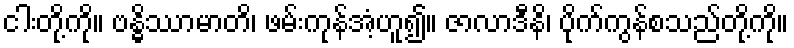
ငါးတို့ကို။ ဗန္ဓိဿာမာတိ၊ ဖမ်းကုန်အံ့ဟူ၍။ ဇာလာဒီနိ၊ ပိုက်ကွန်စသည်တို့ကို။